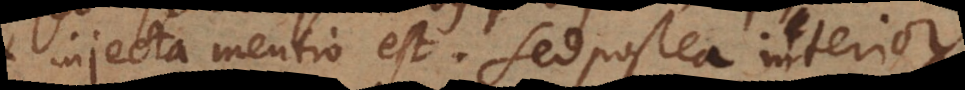
injecta mentio est. Sed postea interior